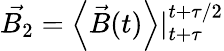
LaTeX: \vec{B_{2}}=\left<\vec{B}(t)\right>|_{t+\tau}^{t+\tau/2}